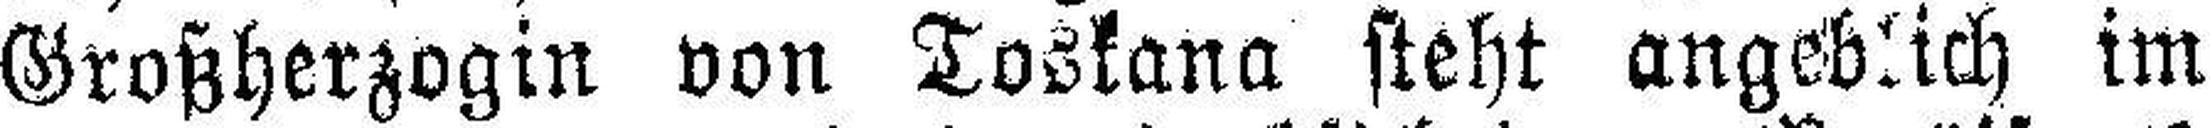
Großherzogin von Toskana steht angeblich im